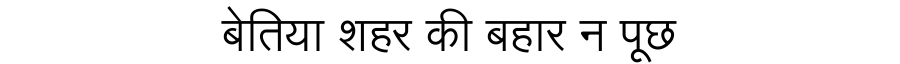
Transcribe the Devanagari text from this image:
बेतिया शहर की बहार न पूछ